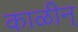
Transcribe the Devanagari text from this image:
काळीन्